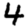
Digit: 4